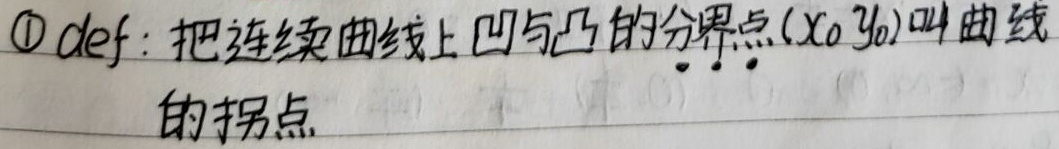
把连续曲线上凹与凸的分界点\((x_0,y_0)\)叫曲线的拐点。